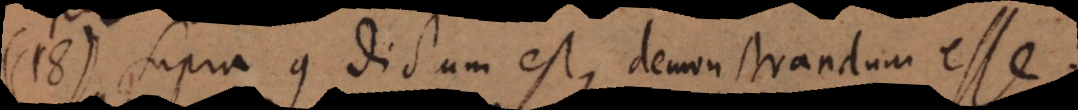
18) Supra 9 dictum est, demonstrandum esse: